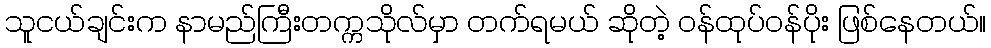
သူငယ်ချင်းက နာမည်ကြီးတက္ကသိုလ်မှာ တက်ရမယ် ဆိုတဲ့ ဝန်ထုပ်ဝန်ပိုး ဖြစ်နေတယ်။